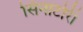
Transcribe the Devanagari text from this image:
सिनाटोरी